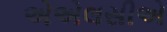
એએલસીએ